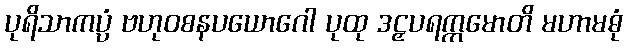
ပုရိသာကပ္ပံ ဗဟုဝစနပယောဂေါ ပုထု ဒဠှပရက္ကမောတိ မဟာမဓုံ